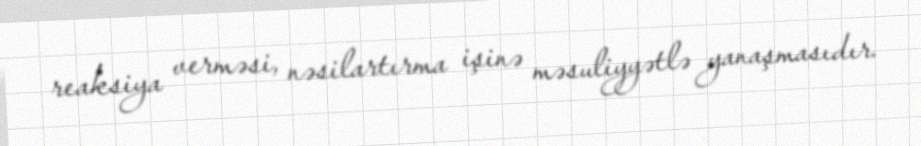
reaksiya verməsi, nəsilartırma işinə məsuliyyətlə yanaşmasıdır.